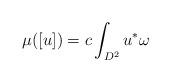
LaTeX: \begin{align*}\mu([u]) = c \int_{D^2} u^*\omega\end{align*}